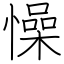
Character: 懆